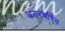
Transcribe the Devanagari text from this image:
अंतरवर्षिय